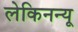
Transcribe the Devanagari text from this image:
लेकिनन्यू